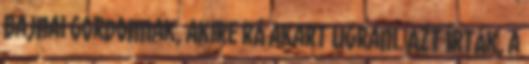
Bajnai Gordonnak, akire rá akart ugrani. Azt írták, a